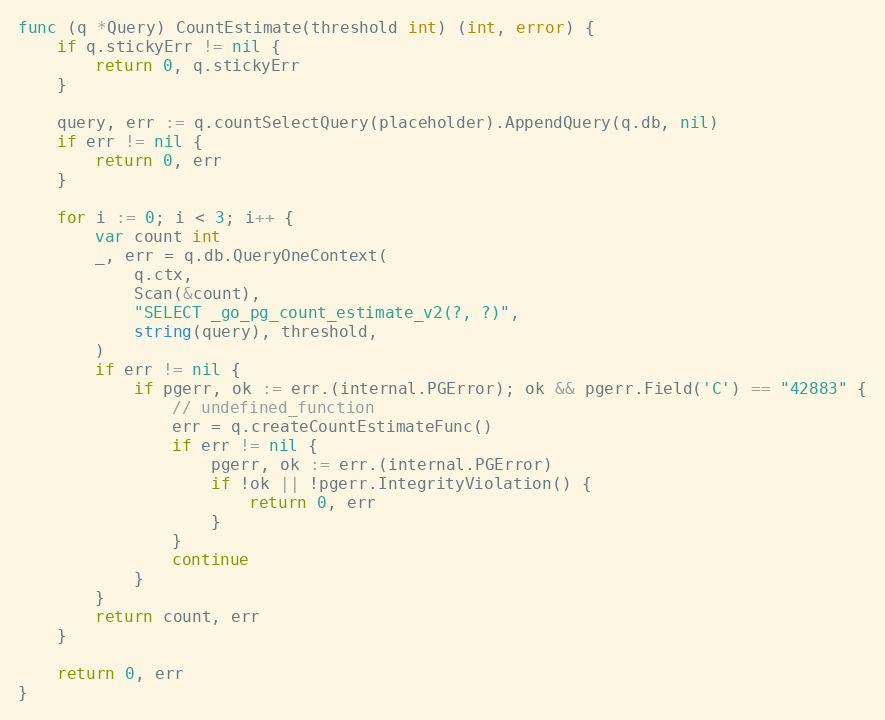
Language: Go
func (q *Query) CountEstimate(threshold int) (int, error) {
	if q.stickyErr != nil {
		return 0, q.stickyErr
	}

	query, err := q.countSelectQuery(placeholder).AppendQuery(q.db, nil)
	if err != nil {
		return 0, err
	}

	for i := 0; i < 3; i++ {
		var count int
		_, err = q.db.QueryOneContext(
			q.ctx,
			Scan(&count),
			"SELECT _go_pg_count_estimate_v2(?, ?)",
			string(query), threshold,
		)
		if err != nil {
			if pgerr, ok := err.(internal.PGError); ok && pgerr.Field('C') == "42883" {
				// undefined_function
				err = q.createCountEstimateFunc()
				if err != nil {
					pgerr, ok := err.(internal.PGError)
					if !ok || !pgerr.IntegrityViolation() {
						return 0, err
					}
				}
				continue
			}
		}
		return count, err
	}

	return 0, err
}